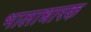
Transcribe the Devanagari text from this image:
भालाधारक